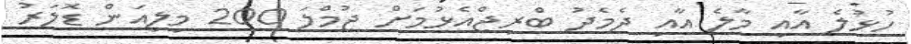
ހުޅުލެ އާއި މާލެ އާއި ދެމެދު ބްރިޖްއެޅުމަށް ޖުމްލަ 200 މިލިއަން ޑޮލަރު